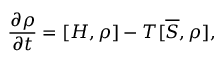
\frac { \partial \rho } { \partial t } = [ H , \rho ] - T [ \overline { { S } } , \rho ] ,